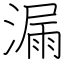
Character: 漏